65_HS1-834228961_62-HQ-83894_Section_4
Agency: FBI
Page 77
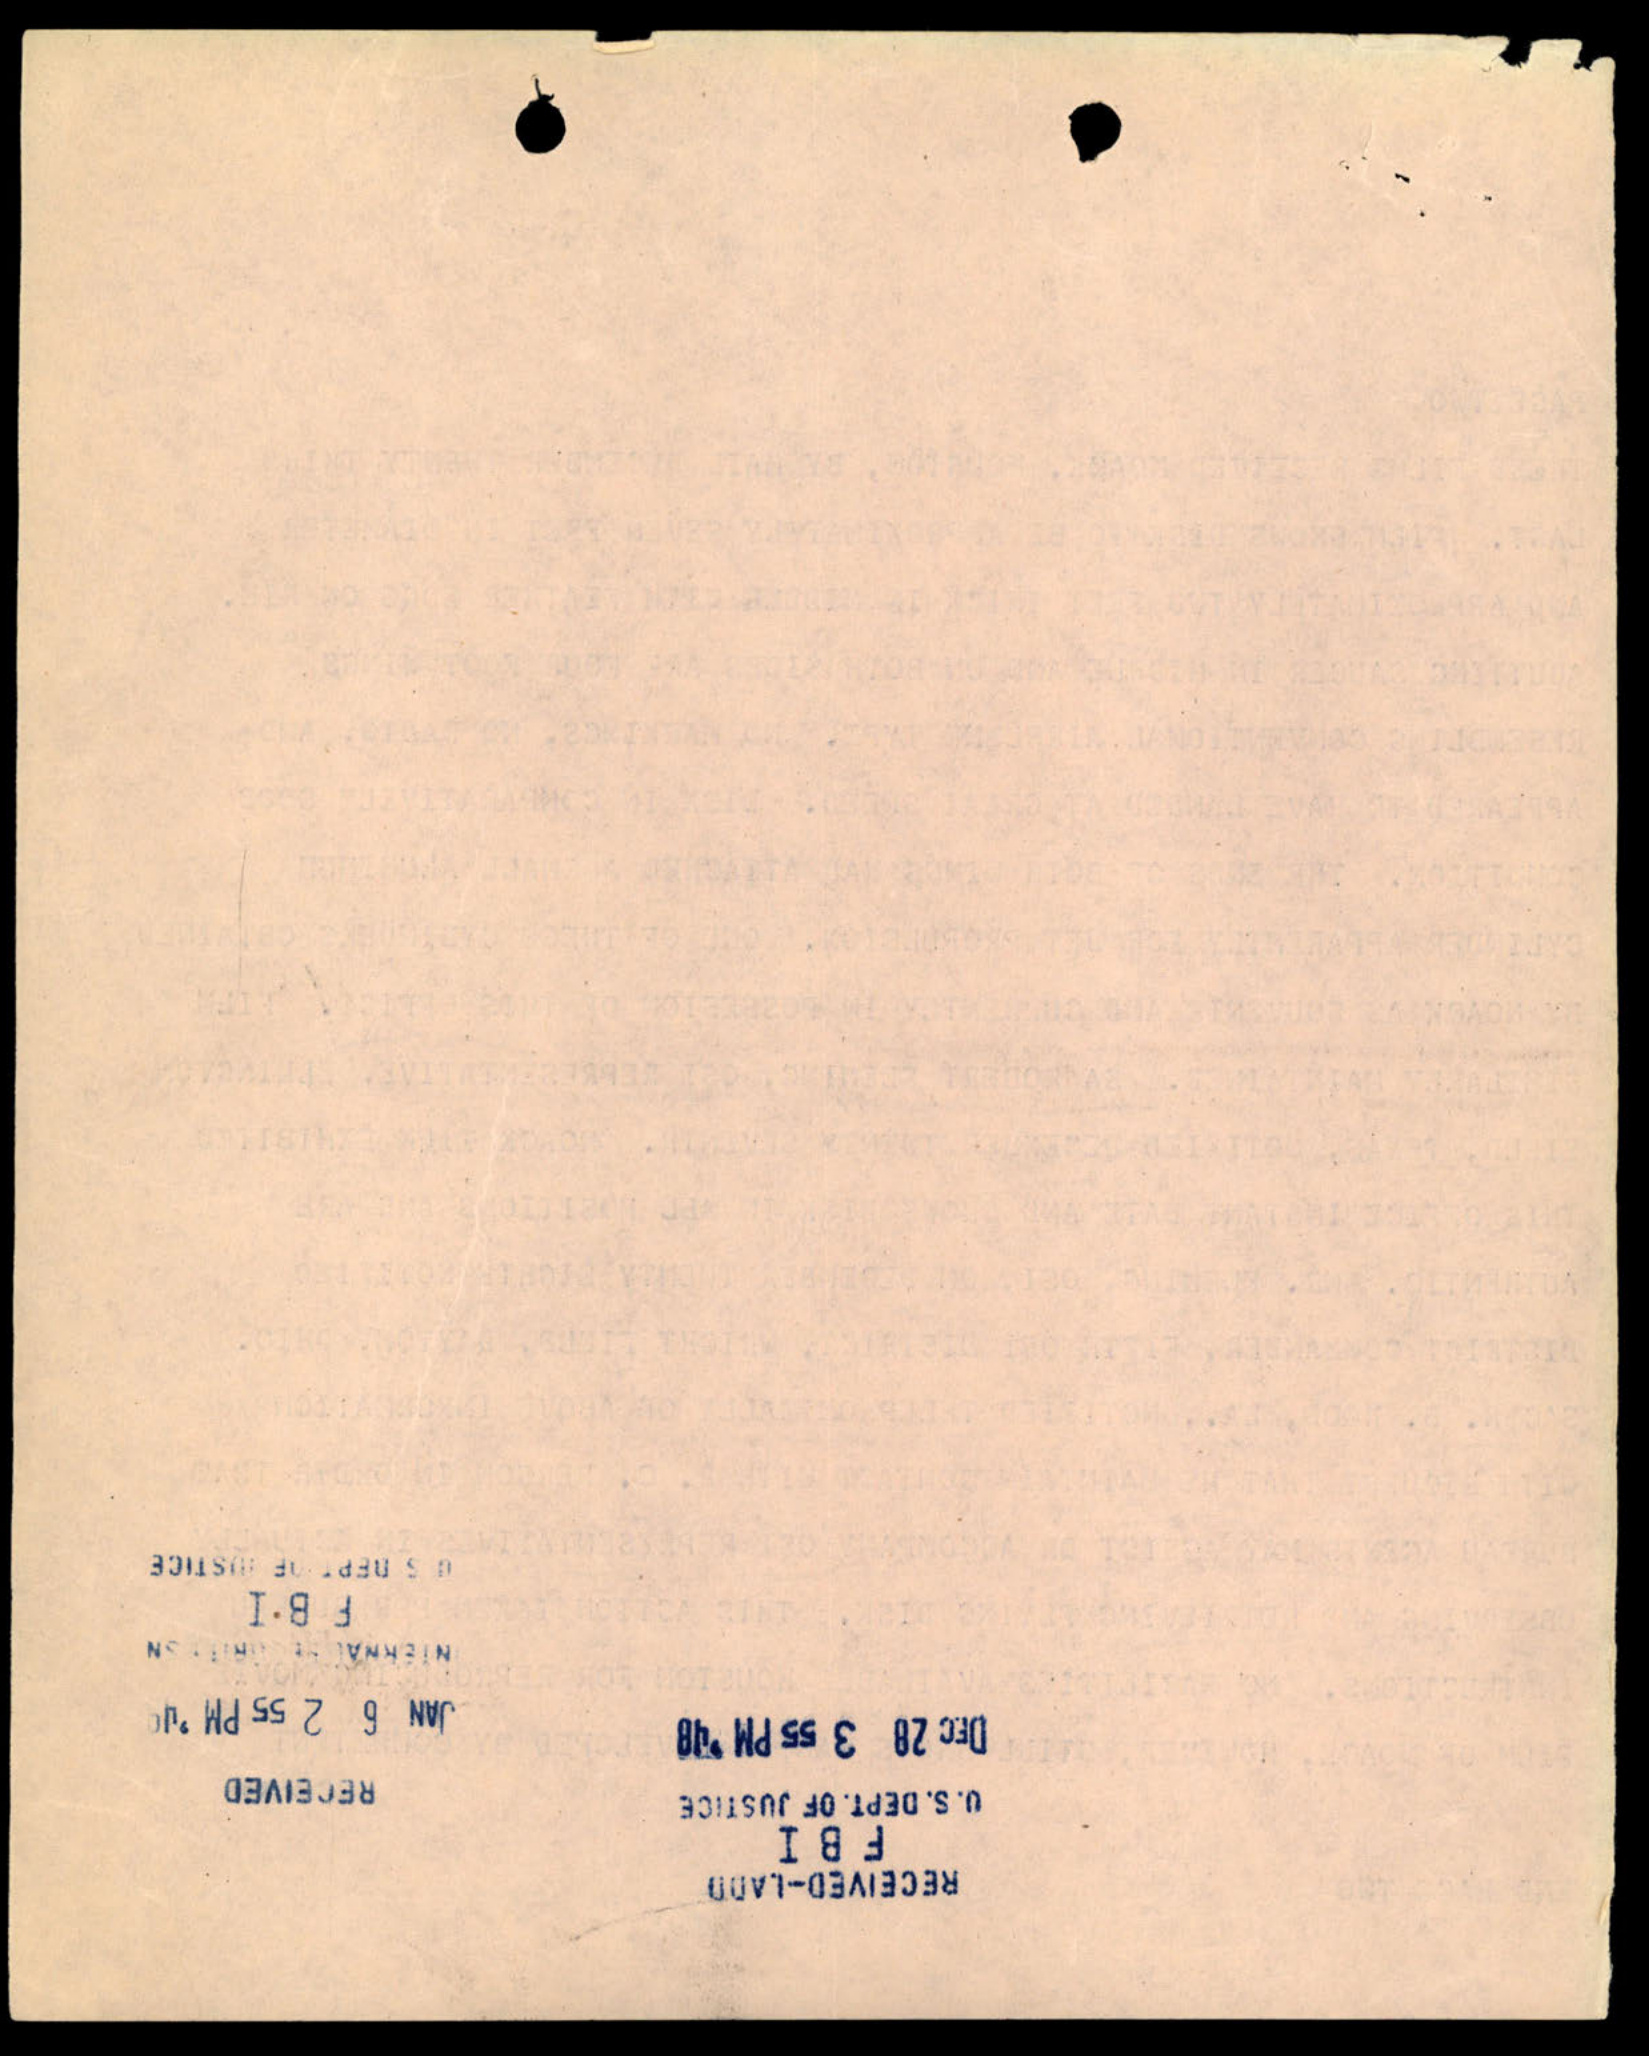